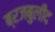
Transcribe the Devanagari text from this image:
ब्रजबुलीद